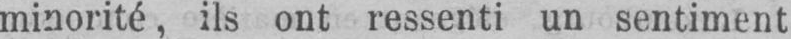
minorité, ils ont ressenti un sentiment